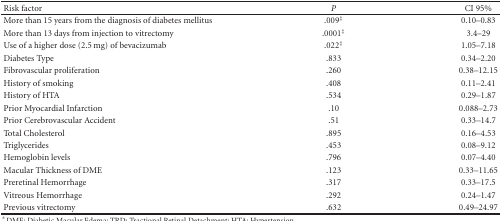
| Risk factor | P | CI 95% |
 | --- | --- | --- |
 | More than 15 years from the diagnosis of diabetes mellitus | .009‡ | 0.10–0.83 |
 | More than 13 days from injection to vitrectomy | .0001‡ | 3.4–29 |
 | Use of a higher dose (2.5 mg) of bevacizumab | .022‡ | 1.05–7.18 |
 | Diabetes Type | .833 | 0.34–2.20 |
 | Fibrovascular proliferation | .260 | 0.38–12.15 |
 | History of smoking | .408 | 0.11–2.41 |
 | History of HTA | .534 | 0.29–1.87 |
 | Prior Myocardial Infarction | .10 | 0.088–2.73 |
 | Prior Cerebrovascular Accident | .51 | 0.33–14.7 |
 | Total Cholesterol | .895 | 0.16–4.53 |
 | Triglycerides | .453 | 0.08–9.12 |
 | Hemoglobin levels | .796 | 0.07–4.40 |
 | Macular Thickness of DME | .123 | 0.33–11.65 |
 | Preretinal Hemorrhage | .317 | 0.33–17.5 |
 | Vitreous Hemorrhage | .292 | 0.24–1.47 |
 | Previous vitrectomy | .632 | 0.49–24.97 |